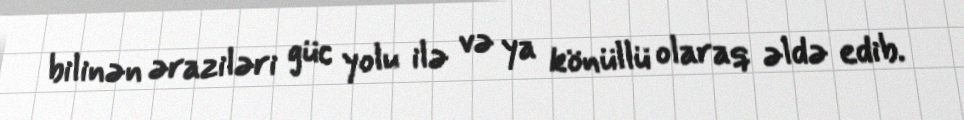
bilinən əraziləri güc yolu ilə və ya könüllü olaraq əldə edib.